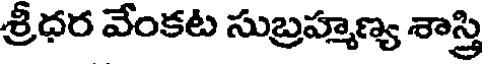
శ్రీధర వేంకట సుబ్రహ్మణ్య శాస్త్రి